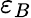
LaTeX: \varepsilon_{B}